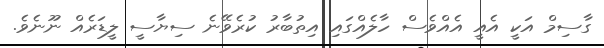
ގާސިމް އަކީ އެއީ އެއްވެސް ހާލެއްގައި އިތުބާރު ކުރެވޭނެ ސިޔާސީ ލީޑަރެއް ނޫނެވެ.